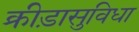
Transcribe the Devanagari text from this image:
क्रीड़ासुविधा